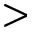
>